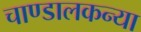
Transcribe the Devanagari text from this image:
चाण्डालकन्या